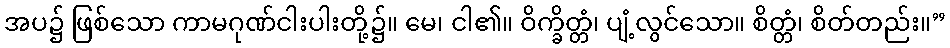
အပ၌ ဖြစ်သော ကာမဂုဏ်ငါးပါးတို့၌။ မေ၊ ငါ၏။ ဝိက္ခိတ္တံ၊ ပျံ့လွင်သော။ စိတ္တံ၊ စိတ်တည်း။”